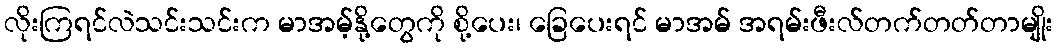
လိုးကြရင်လဲသင်းသင်းက မာအမ့်နို့တွေကို စို့ပေး၊ ခြေပေးရင် မာအမ် အရမ်းဖီးလ်တက်တတ်တာမျိုး